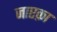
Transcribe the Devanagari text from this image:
जाएक़ा